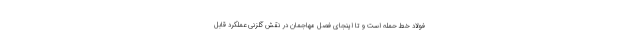
فولاد خط حمله است و تا اینجای فصل مهاجمان در نقش گلزنی عملکرد قابل